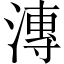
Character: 溥